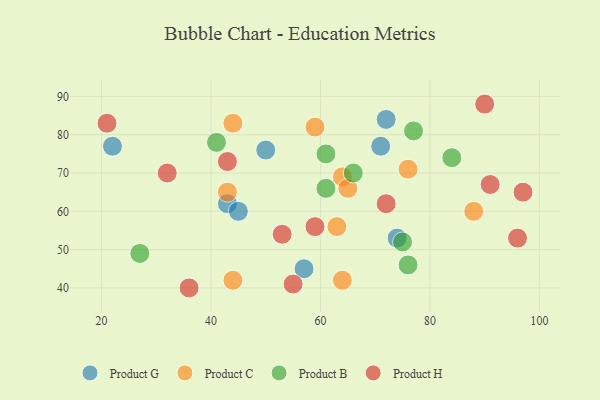
{"axis": {"x": "GDP", "y": "Life Expectancy"}, "legend": ["Product B", "Product C", "Product G", "Product H"], "data": [{"x": "74", "y": 53, "type": "Product G"}, {"x": "71", "y": 77, "type": "Product G"}, {"x": "72", "y": 84, "type": "Product G"}, {"x": "43", "y": 62, "type": "Product G"}, {"x": "45", "y": 60, "type": "Product G"}, {"x": "50", "y": 76, "type": "Product G"}, {"x": "57", "y": 45, "type": "Product G"}, {"x": "22", "y": 77, "type": "Product G"}, {"x": "63", "y": 56, "type": "Product C"}, {"x": "76", "y": 71, "type": "Product C"}, {"x": "64", "y": 69, "type": "Product C"}, {"x": "59", "y": 82, "type": "Product C"}, {"x": "88", "y": 60, "type": "Product C"}, {"x": "44", "y": 42, "type": "Product C"}, {"x": "64", "y": 42, "type": "Product C"}, {"x": "43", "y": 65, "type": "Product C"}, {"x": "65", "y": 66, "type": "Product C"}, {"x": "44", "y": 83, "type": "Product C"}, {"x": "77", "y": 81, "type": "Product B"}, {"x": "84", "y": 74, "type": "Product B"}, {"x": "66", "y": 70, "type": "Product B"}, {"x": "75", "y": 52, "type": "Product B"}, {"x": "76", "y": 46, "type": "Product B"}, {"x": "61", "y": 66, "type": "Product B"}, {"x": "61", "y": 75, "type": "Product B"}, {"x": "27", "y": 49, "type": "Product B"}, {"x": "41", "y": 78, "type": "Product B"}, {"x": "21", "y": 83, "type": "Product H"}, {"x": "59", "y": 56, "type": "Product H"}, {"x": "72", "y": 62, "type": "Product H"}, {"x": "43", "y": 73, "type": "Product H"}, {"x": "36", "y": 40, "type": "Product H"}, {"x": "97", "y": 65, "type": "Product H"}, {"x": "55", "y": 41, "type": "Product H"}, {"x": "96", "y": 53, "type": "Product H"}, {"x": "91", "y": 67, "type": "Product H"}, {"x": "90", "y": 88, "type": "Product H"}, {"x": "32", "y": 70, "type": "Product H"}, {"x": "53", "y": 54, "type": "Product H"}]}